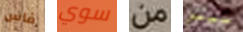
فاس سوي من سيمز